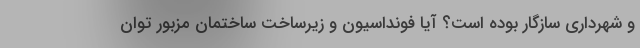
و شهرداری سازگار بوده است؟ آیا فونداسیون و زیرساخت ساختمان مزبور توان